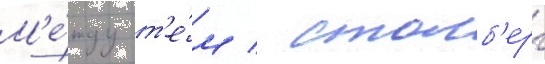
М'е́жду т'е́м / столб'ерг